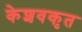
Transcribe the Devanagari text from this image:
केशवकृत